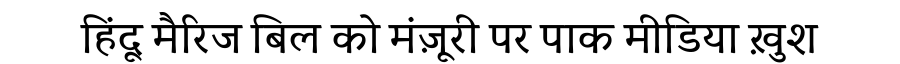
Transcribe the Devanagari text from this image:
हिंदू मैरिज बिल को मंज़ूरी पर पाक मीडिया ख़ुश